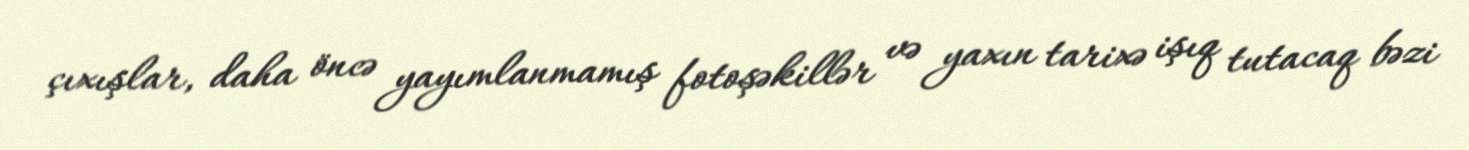
çıxışlar, daha öncə yayımlanmamış fotoşəkillər və yaxın tarixə işıq tutacaq bəzi